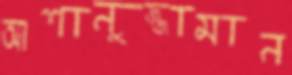
আশানুজ্জামান